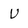
Character: U